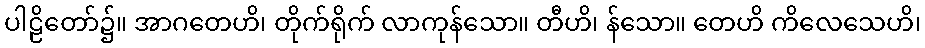
ပါဠိတော်၌။ အာဂတေဟိ၊ တိုက်ရိုက် လာကုန်သော။ တီဟိ၊ န်သော။ တေဟိ ကိလေသေဟိ၊